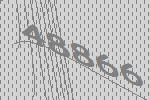
48866